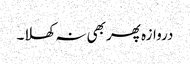
دروازہ پھر بھی نہ کھلا۔